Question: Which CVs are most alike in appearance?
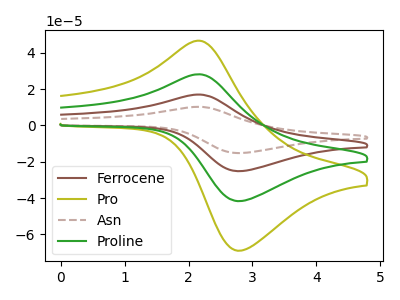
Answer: <think>The brown curve "Ferrocene" has an anodic peak at (2.15V, 56.35uA) and a cathodic peak at (2.80V, -83.25uA). The olive curve "Pro" has an anodic peak at (2.15V, 46.65uA) and a cathodic peak at (2.80V, -68.90uA). The brown dashed curve "Asn" has an anodic peak at (2.15V, 84.50uA) and a cathodic peak at (2.80V, -124.85uA). The green curve "Proline" has an anodic peak at (2.15V, 28.15uA) and a cathodic peak at (2.80V, -41.60uA).
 All the peaks in "Ferrocene" have a peak in "Pro" at the same potential. Every peak in "Ferrocene" is higher than every peak in "Pro". All the peaks in "Ferrocene" have a peak in "Asn" at the same potential. Every peak in "Ferrocene" is lower than every peak in "Asn". All the peaks in "Ferrocene" have a peak in "Proline" at the same potential. Every peak in "Ferrocene" is higher than every peak in "Proline". All the peaks in "Pro" have a peak in "Asn" at the same potential. Every peak in "Pro" is lower than every peak in "Asn". All the peaks in "Pro" have a peak in "Proline" at the same potential. Every peak in "Pro" is higher than every peak in "Proline". All the peaks in "Asn" have a peak in "Proline" at the same potential. Every peak in "Asn" is higher than every peak in "Proline".</think>
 <answer>"Pro", "Ferrocene", "Asn" and "Proline" have the same shape and are likely CV's of the same chemical.</answer>
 <eval>"Pro" "Ferrocene" "Asn" "Proline"</eval>